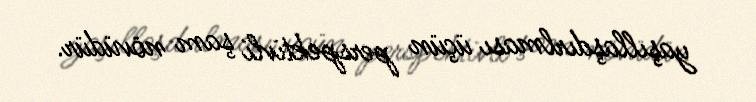
yaşıllaşdırlması üçün perspektivli şam növüdür.